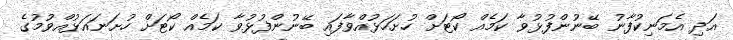
އަދި އެމަނިކުފާނު ބޭނުންފުޅުވާ ކަމެއް ކޯޓަށް ހުށަހަޅުއްވާފައި ބޭނުންފުޅުވާ ކަމެއް ކޯޓަަށް ހުށަނައަޅުއްވުމުގެ